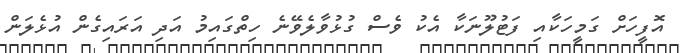
އޮފީހަށް ގަމީހަކާއި ފަޓުލޫނަކާ އެކު ވެސް ގުޅުވާލެވޭނެ ހިތްގައިމުު އަދި އަރައިގެން އުޅެލަން